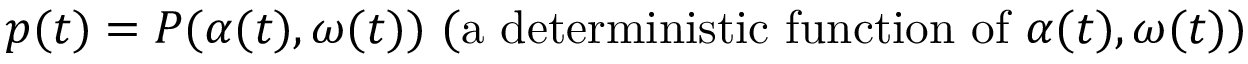
p ( t ) = P ( \alpha ( t ) , \omega ( t ) ) { \mathrm { ~ ( a ~ d e t e r m i n i s t i c ~ f u n c t i o n ~ o f ~ } } \alpha ( t ) , \omega ( t ) { \mathrm { ) } }